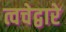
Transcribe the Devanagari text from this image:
त्वचेद्वारे